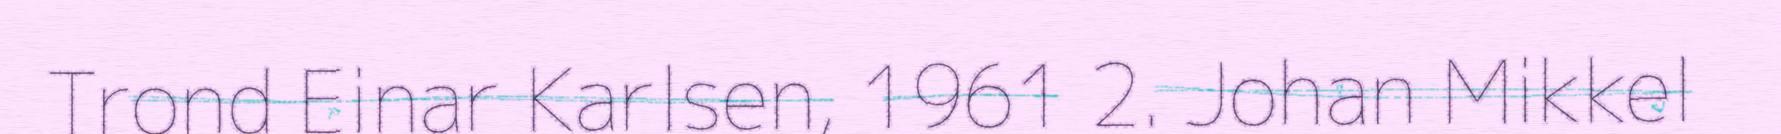
Trond Einar Karlsen, 1961 2. Johan Mikkel